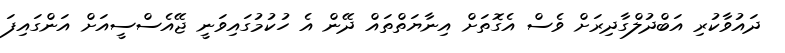
ދައުވާކުރި އަބްދުލްގާދިރަށް ވެސް އެގޮތަށް އިނާޔަތްތައް ދޭން އެ ހުކުމުގައިވަނީ ޖޭއެސްސީއަށް އަންގައިފަ